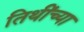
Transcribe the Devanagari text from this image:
तिथींच्या